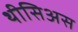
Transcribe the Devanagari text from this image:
थीसिअस